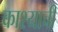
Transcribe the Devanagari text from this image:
काश्याची